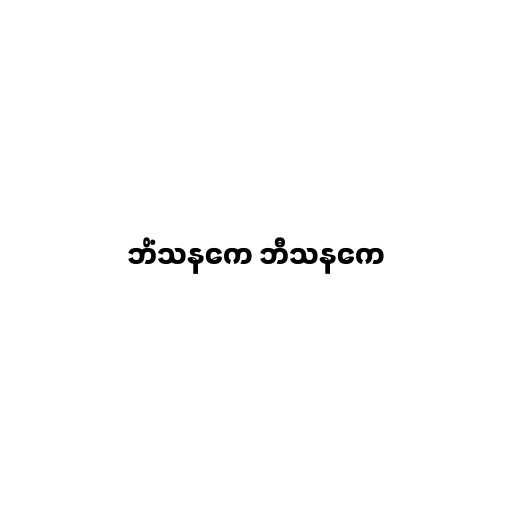
ဘိံသနကေ ဘီသနကေ